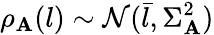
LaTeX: \rho_{\mathbf{A}}(l)\sim\mathcal{{N}}(\bar{{l}},\Sigma_{\mathbf{A}}^{2})